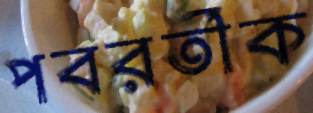
পবরর্তীক